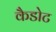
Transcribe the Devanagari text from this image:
कैडोट